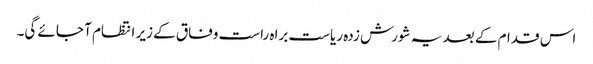
اس قدام کے بعد یہ شورش زدہ ریاست براہ راست وفاق کے زیر انتظام آ جائے گی۔